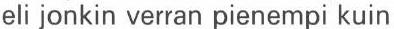
eli jonkin verran pienempi kuin